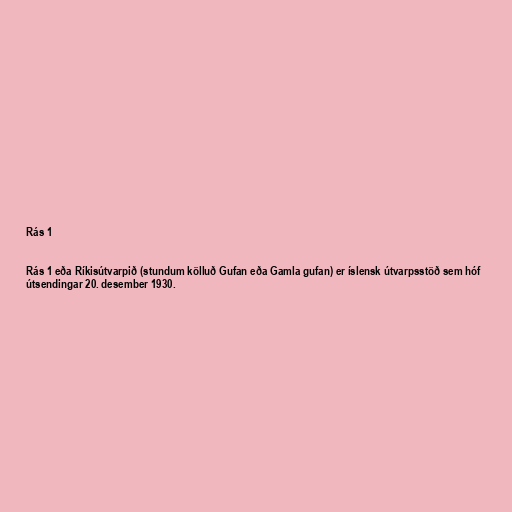
Rás 1

Rás 1 eða Ríkisútvarpið (stundum kölluð Gufan eða Gamla gufan) er íslensk útvarpsstöð sem hóf
útsendingar 20. desember 1930.